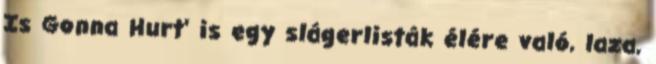
Is Gonna Hurt’ is egy slágerlisták élére való, laza,